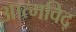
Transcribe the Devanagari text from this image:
आत्मविद्